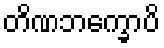
တိဏဘက္ခောပိ